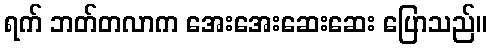
ရက် ဘတ်တလာက အေးအေးဆေးဆေး ပြောသည်။